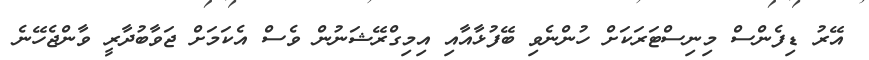
އޭރު ޑިފެންސް މިނިސްޓަރަކަށް ހުންނެވި ބޭފުޅާއާއި އިމިގްރޭޝަނުން ވެސް އެކަމަށް ޖަވާބުދާރީ ވާންޖެހޭނެ